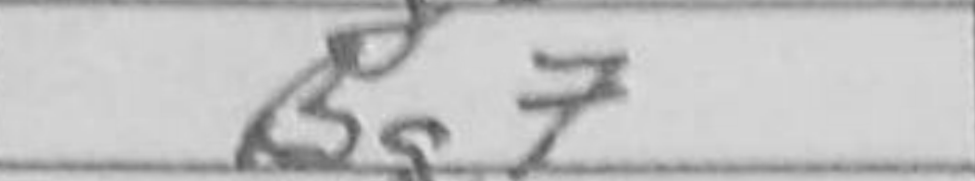
Transcription: Bg7